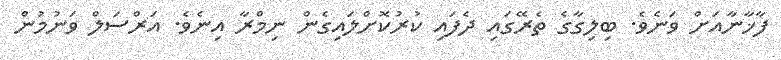
ފާޚާނާއަށް ވަނެވެ. ބިލިގާގެ ތެރޭގައި ދެފައި ކުރުކޮށްލައިގެން ނިމްރާ އިނެވެ. އަރްސަލް ވަނުމުން